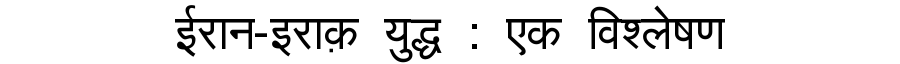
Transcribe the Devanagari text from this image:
ईरान-इराक़ युद्ध : एक विश्लेषण